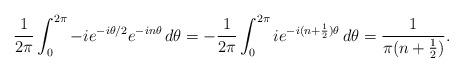
LaTeX: \begin{align*}\frac1{2\pi} \int_{0}^{2\pi} -ie^{-i \theta/2} e^{-in\theta} \,d\theta&= -\frac1{2\pi} \int_{0}^{2\pi } ie^{-i(n+\frac12)\theta} \,d\theta= \frac1{\pi(n+\frac12)} .\end{align*}